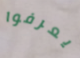
يعرفوا